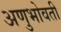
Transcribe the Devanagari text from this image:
अणुभोवती